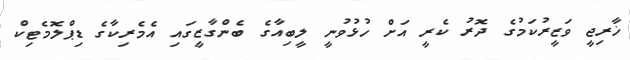
ޚާރިޖީ ވަޒީރުކަމުގެ ދޮރު ކެރީ އަށް ހުޅުވުނީ ލީބިއާގެ ބެންގާޒީގައި އެމެރިކާގެ ޑިޕްލޮމެޓިކް